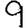
Digit: 9